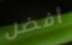
أفضل